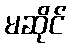
မဆိုင်